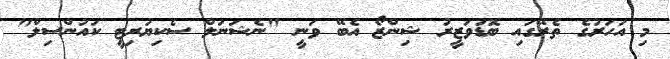
މި އަހަރުގެ ތެރޭގައި ބޮޑުވަޒީރު ޝިންޒޯ އެބޭ ވަނީ "ނެޝަނަލް ސެކިޔުރިޓީ ކައުންސިލް"